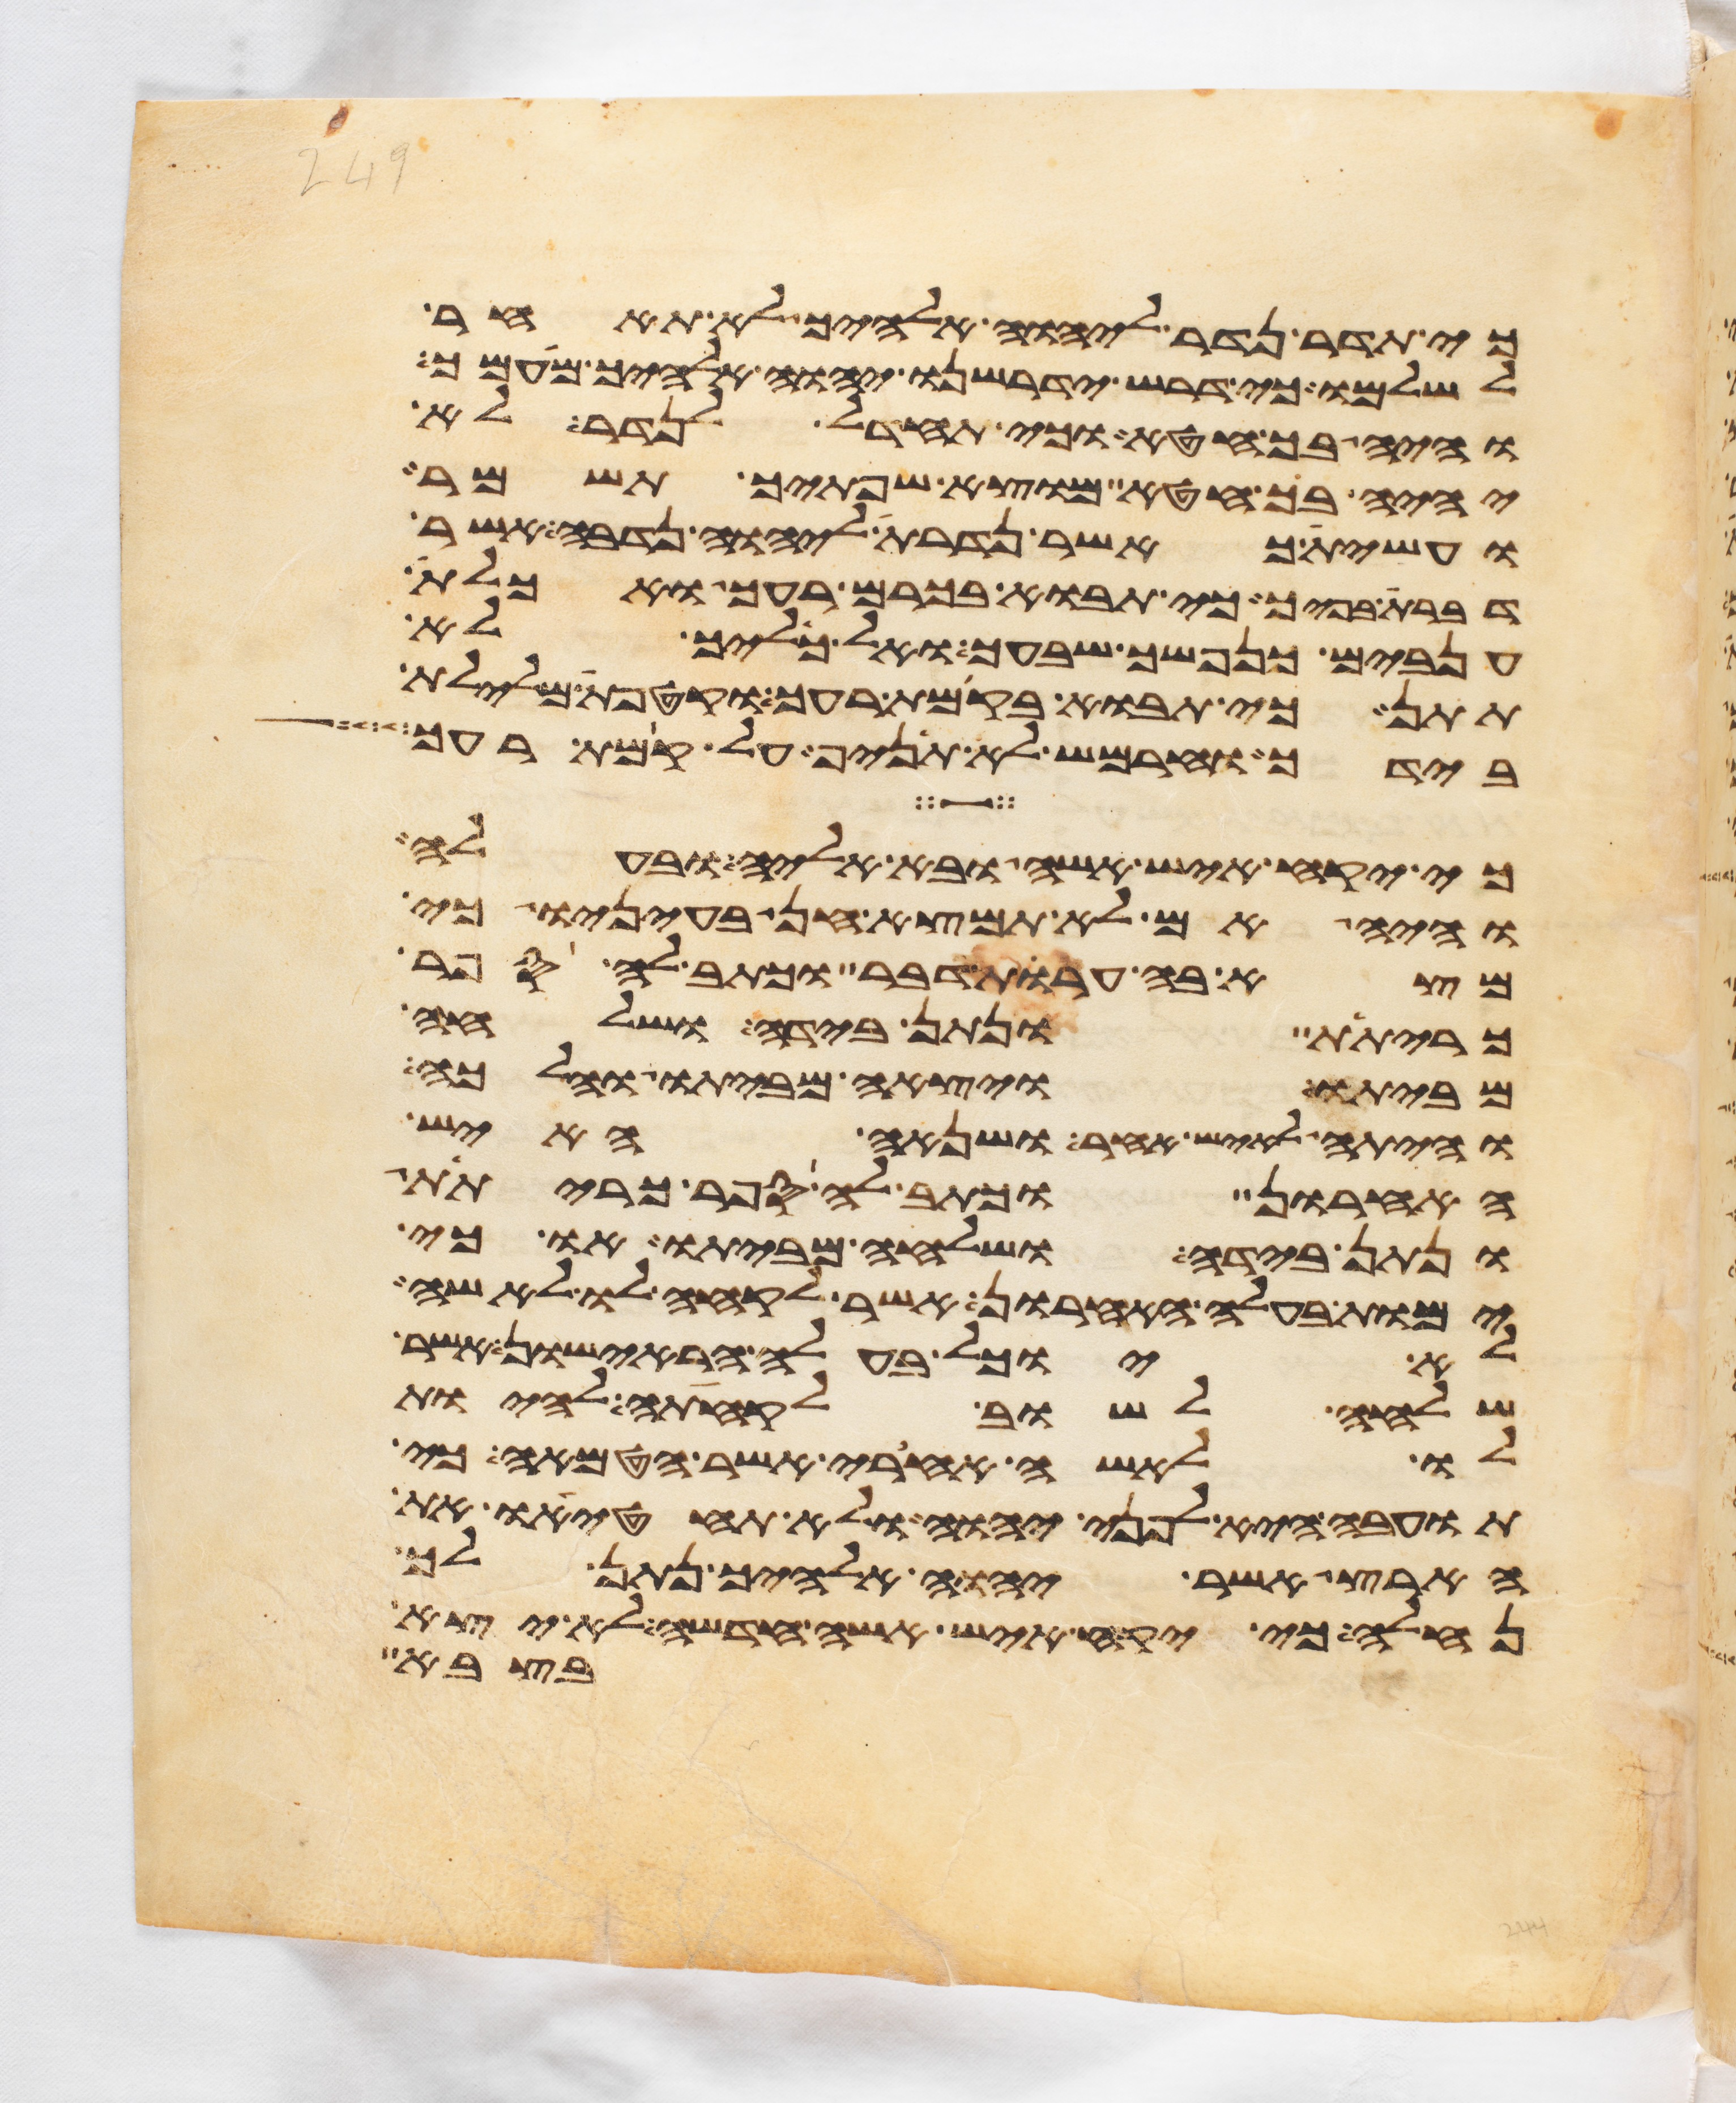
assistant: כי תדר נדר ליהוה אלהיך לא תאחר
לשלמו כי דרש ידרשנו יהוה אלהיך מעמך
והיה בך חטא וכי תחדל לנדר לא
יהיה בך חטא מוצא שפתיך תשמר
ועשית כאשר נדרת ליהוה נדבה אשר
דברת בפיך כי תבוא בכרם רעך ואכלת
ענבים כנפשך שבעך ואל כליך לא
תתן כי תבוא בקמת רעך וקטפת מלילת
בידך וחרמש לא תניף על קמת רעך
כי יקח איש אשה ובא אליה ובעלה
והיה אם לא תמצא חן בעיניו כי
מצא בה ערות דבר וכתב לה ספר
כריתת ונתן בידה ושלחה
מביתו ויצאה מביתו והלכה
והיתה לאיש אחר ושנאה האיש
האחרון וכתב לה ספר כריתת
ונתן בידה ושלחה מביתו או כי
ימות בעלה האחרון אשר לקחה לו לאשה
לא יוכל בעלה הראישון אשר
שלחה לשוב לקחתה להיות
לו לאשה אחרי אשר הטמאה כי
תועבה היא לפני יהוה ולא תחטיאו את
הארץ אשר יהוה אלהיך נתן לך
נחלה כי יקח איש אשה חדשה לא יצא
בצבא